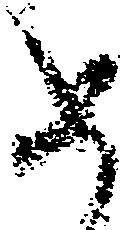
如